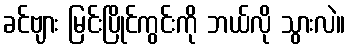
ခင်ဗျား မြင်းပြိုင်ကွင်းကို ဘယ်လို သွားလဲ။